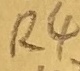
Text: R4